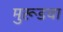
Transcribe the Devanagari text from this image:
मुरूडचा